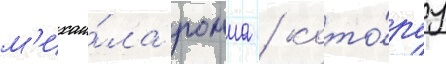
м'ихаи́ла ромма / кото́руу